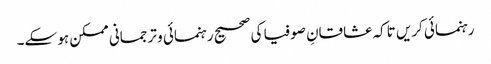
رہنمائی کریں تاکہ عشاقانِ صوفیا کی صحیح رہنمائی و ترجمانی ممکن ہو سکے۔